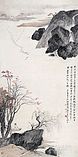
望处雨收云断，凭阑悄悄，目送秋光。